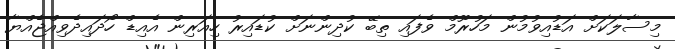
މިސާލަކަށް އަޑުއިވުމުން މަހުރޫމް ވެފައި ތިބޭ ކުދިންނަށް ކުޑައިރު ހިއަރިން އެއިޑް ހޯދަައިދެވިއްޖެއްޔާ